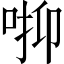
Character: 𠳑